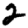
Digit: 2